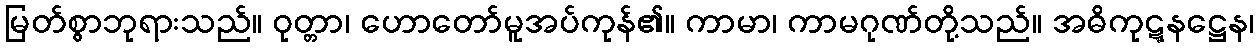
မြတ်စွာဘုရားသည်။ ဝုတ္တာ၊ ဟောတော်မူအပ်ကုန်၏။ ကာမာ၊ ကာမဂုဏ်တို့သည်။ အဓိကုဋ္ဋနဋ္ဌေန၊